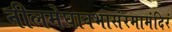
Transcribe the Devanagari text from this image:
नीलमेघावभासंरमामंदिरं